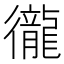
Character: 徿